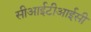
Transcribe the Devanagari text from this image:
सीआईटीआईसी